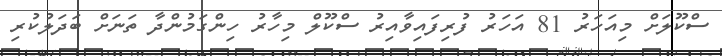
ސްކޫލަށް މިއަހަރު 81 އަހަރު ފުރިފައިވާއިރު ސްކޫލް މިހާރު ހިންގަމުންދާ ތަނަށް ބަދަލުކުރި